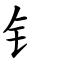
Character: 钅